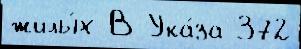
жилы́х В Ука́за 372